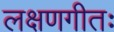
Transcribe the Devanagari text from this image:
लक्षणगीतः